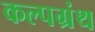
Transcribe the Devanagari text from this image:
कल्पग्रंथ